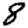
Digit: 8